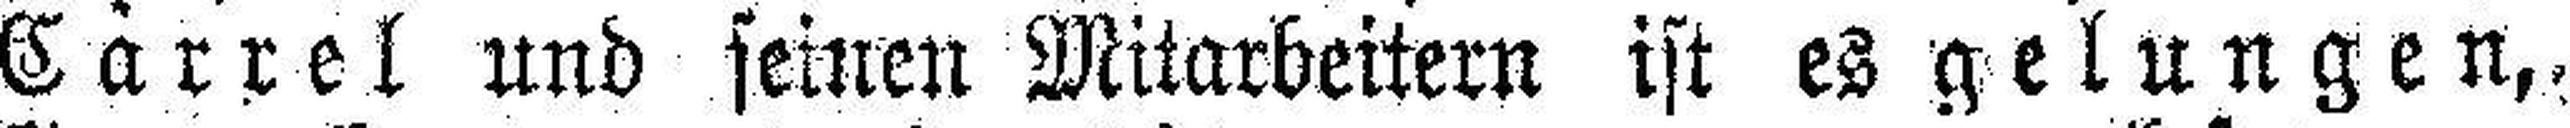
Carrel und seinen Mitarbeitern ist es gelungen,